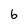
Character: 6